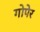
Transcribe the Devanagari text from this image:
गोपेर